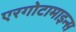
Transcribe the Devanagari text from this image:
एरगोटामाइन्स